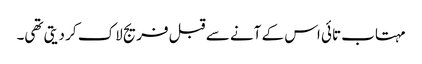
مہتاب تائی اس کے آنے سے قبل فریج لاک کر دیتی تھی۔